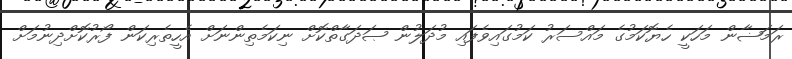
ރަމަޟާން މަހަކީ ހެޔޮކަމުގެ މައްސަރު ކަމުގައިވެފައި މުދަލުން ޞަދަގާތްކޮށް ނިކަމެތިންނަށް އެހީތެރިކަން ފޯރުކޮށްދިނުމަށް